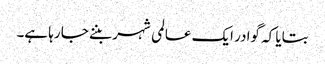
بتایا کہ گوادر ایک عالمی شہر بننے جا رہا ہے۔